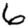
Digit: 6